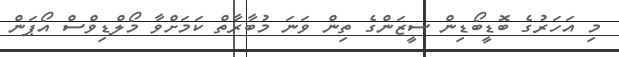
މި އަހަރުގެ ބޮޑީބޯޑިން ސީޒަންގެ ތިން ވަނަ މުބާރާތް ކަމަށްވާ މޯލްޑިވްސް އޯޕަން